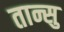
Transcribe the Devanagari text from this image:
तान्सु